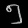
Digit: ၅